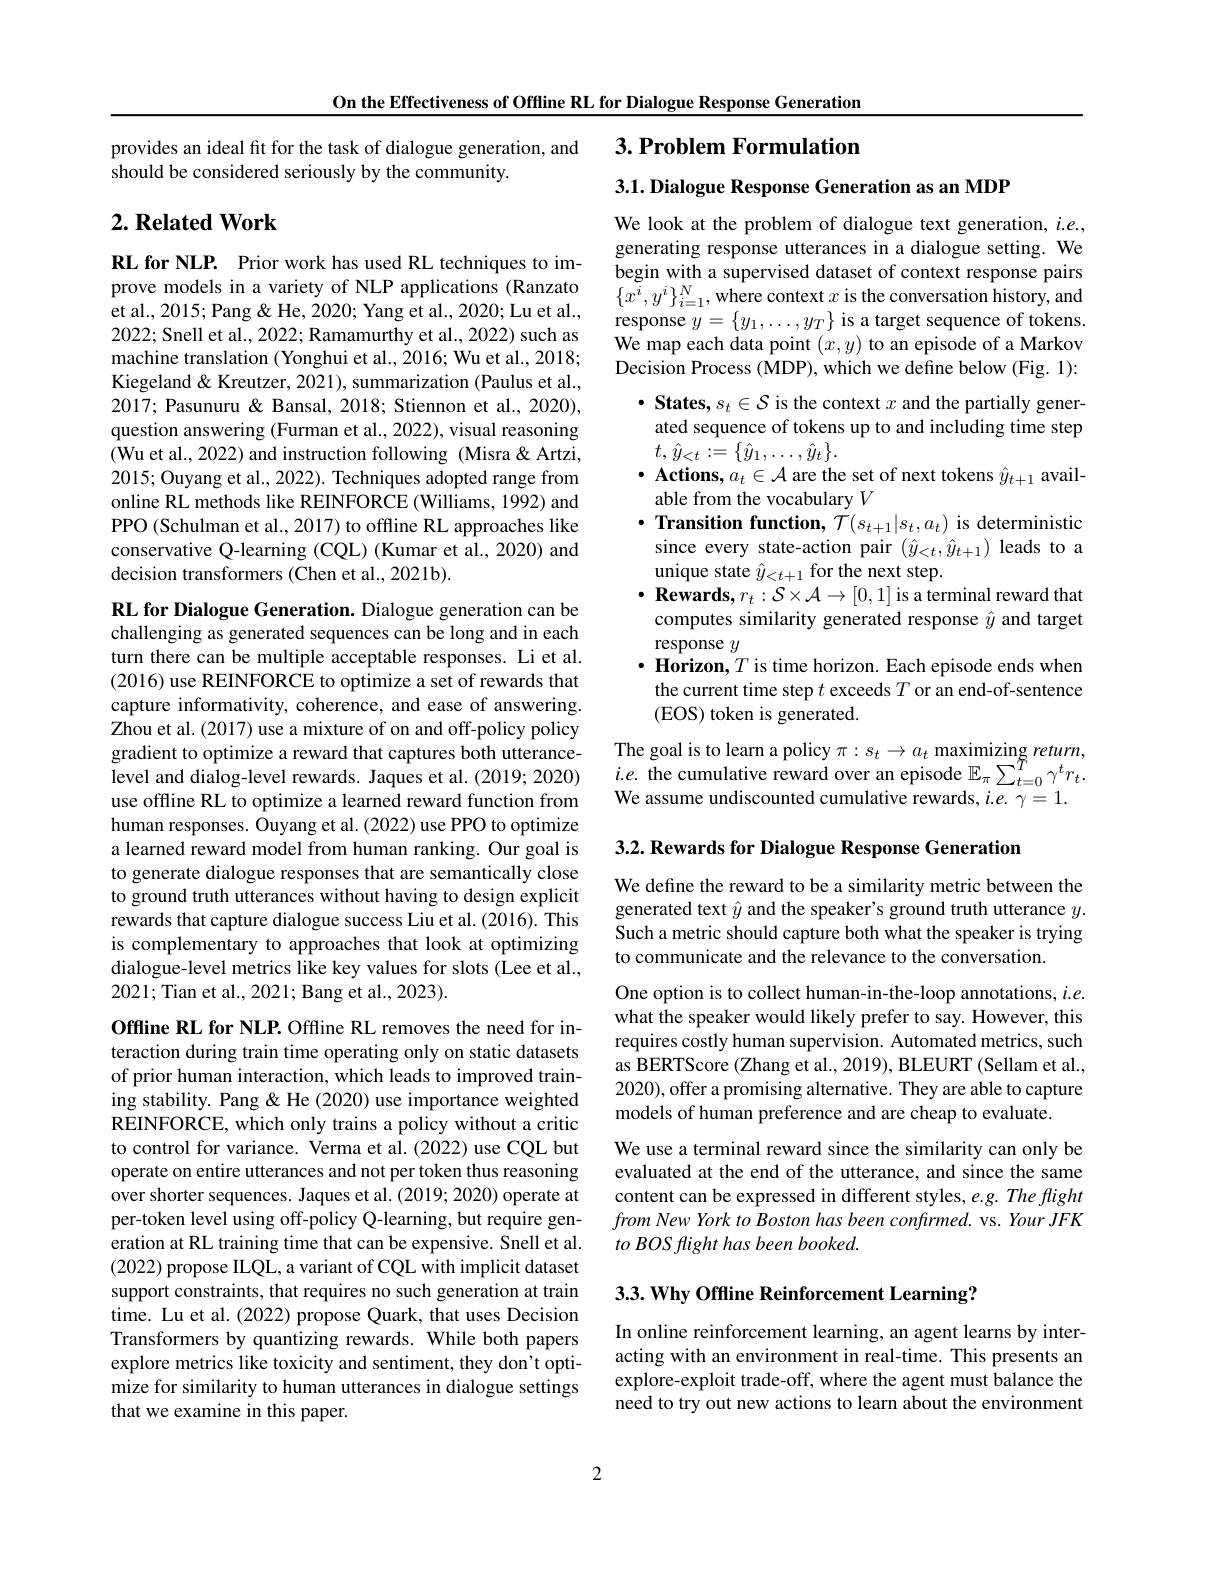
On the Effectiveness of Offline RL for Dialogue Response Generation

$3. \textbf{Problem Formulation}$

provides an ideal fit for the task of dialogue generation, and
should be considered seriously by the community.

3.1. Dialogue Response Generation as an MDP

## $2. \textbf{Related Work}$

RL for NLP. Prior work has used RL techniques to improve models in a variety of NLP applications (Ranzato et al., 2015; Pang & He, 2020; Yang et al., 2020; Lu et al., 2022; Snell et al., 2022; Ramamurthy et al., 2022) such as machine translation (Yonghui et al., 2016; Wu et al., 2018; Kiegeland& Kreutzer, 2021), summarization (Paulus et al., 2017; Pasunuru & Bansal, 2018; Stiennon et al., 2020), question answering (Furman et al., 2022), visual reasoning (Wu et al., 2022) and instruction following (Misra & Artzi, 2015; Ouyang et al., 2022). Techniques adopted range from online RL methods like REINFORCE (Williams, 1992) and PPO (Schulman et al., 2017) to offline RL approaches like conservative Q-learning (CQL) (Kumar et al., 2020) and decision transformers (Chen et al., 2021b).

We look at the problem of dialogue text generation, $i.e.$, generating response utterances in a dialogue setting. We begin with a supervised dataset of context response pairs $\{\tilde{x^i},y^i\}_{i=1}^N$,where context $x$ is the conversation history, and response $y=\{y_1,\ldots,y_T\}$ is a target sequence of tokens We map each data point $(x,y)$ to an episode of a Markov Decision Process (MDP), which we define below (Fig. 1):
$\cdot$ States, $s_t\in\mathcal{S}$ is the context $x$ and the partially generated sequence of tokens up to and including time step $t,\hat{y}_{<t}:=\{\hat{y}_{1},\ldots,\hat{y}_{t}\}.$
$\bullet \textbf{ Actions, }a_{t}\in \mathcal{A}$ are the set of next tokens $\hat y_t+1$ avail-
able from the vocabulary $V$
$\cdot$Transition function, $\mathcal{T}(s_{t+1}|s_{t},a_{t})$ is deterministic since every state-action pair $(\hat{y}_{<t},\hat{y}_{t+1})$ leads to a unique state $\hat{y}_{<t+1}$ for the next step.
$\cdot \textbf{Rewards}, r_t: \mathcal{S} \times \mathcal{A} \to [ 0, 1]$ is a terminal reward that computes similarity generated response $\hat{y}$ and target response $y$
$\cdot \textbf{ Horizon, }T$ is time horizon. Each episode ends when the current time step $t$ exceeds $T$ or an end-of-sentence (EOS) token is generated.
The goal is to learn a policy $\pi:s_t\to a_t$ maximizing return, $i.e.$ the cumulative reward over an episode $\mathbb{E}_\pi\sum_{t=0}^{\tilde{T}}\gamma^{t}r_{t}.$ We assume undiscounted cumulative rewards, $i.e.\gamma=1.$

RL for Dialogue Generation. Dialogue generation can be challenging as generated sequences can be long and in each turn there can be multiple acceptable responses. Li et al. (2016) use REINFORCE to optimize a set of rewards that capture informativity, coherence, and ease of answering Zhou et al. (2017) use a mixture of on and off-policy policy gradient to optimize a reward that captures both utterancelevel and dialog-level rewards. Jaques et al. (2019; 2020) use offline RL to optimize a learned reward function from human responses. Ouyang et al. (2022) use PPO to optimize a learned reward model from human ranking. Our goal is to generate dialogue responses that are semantically close to ground truth utterances without having to design explicit rewards that capture dialogue success Liu et al. (2016). This is complementary to approaches that look at optimizing dialogue-level metrics like key values for slots (Lee et al., 2021; Tian et al., 2021; Bang et al., 2023).

3.2. Rewards for Dialogue Response Generation

We define the reward to be a similarity metric between the generated text $\hat{y}$ and the speaker's ground truth utterance $y.$ Such a metric should capture both what the speaker is trying to communicate and the relevance to the conversation.

One option is to collect human-in-the-loop annotations, $i.e.$ what the speaker would likely prefer to say. However, this requires costly human supervision. Automated metrics, such as BERTScore (Zhang et al., 2019), BLEURT (Sellam et al., 2020), offer a promising alternative. They are able to capture models of human preference and are cheap to evaluate.

We use a terminal reward since the similarity can only be evaluated at the end of the utterance, and since the same content can be expressed in different styles, e.g. The flight from New York to Boston has been confirmed. vs. Your JFK to BOS flight has been booked.

Offline RL for NLP. Offline RL removes the need for interaction during train time operating only on static datasets of prior human interaction, which leads to improved training stability. Pang & He (2020) use importance weighted REINFORCE, which only trains a policy without a critic to control for variance. Verma et al. (2022) use CQL but operate on entire utterances and not per token thus reasoning over shorter sequences. Jaques et al. (2019; 2020) operate at per-token level using off-policy Q-learning, but require generation at RL training time that can be expensive. Snell et al. (2022) propose ILQL, a variant of CQL with implicit dataset support constraints, that requires no such generation at train time. Lu et al. (2022) propose Quark, that uses Decision Transformers by quantizing rewards. While both papers explore metrics like toxicity and sentiment, they don't optimize for similarity to human utterances in dialogue settings that we examine in this paper.

3.3. Why Offline Reinforcement Learning?

In online reinforcement learning, an agent learns by interacting with an environment in real-time. This presents an explore-exploit trade-off, where the agent must balance the need to try out new actions to learn about the environment